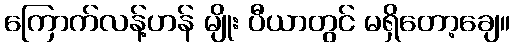
ကြောက်လန့်ဟန် မျိုး ပီယာတွင် မရှိတော့ချေ။